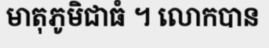
មាតុភូមិជាធំ ។ លោកបាន